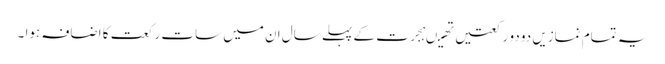
یہ تمام نمازیں دو دو رکعتیں تھیںہجرت کے پہلے سال ان میں سات رکعت کا اضافہ ہوا ۔